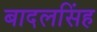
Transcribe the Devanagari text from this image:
बादलसिंह